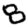
Digit: 8